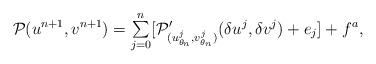
LaTeX: \begin{align*}\begin{array}{ll}\mathcal{P}(u^{n+1},v^{n+1}) = \sum\limits_{j=0}^n[\mathcal{P}_{(u_{\theta_n}^j, v_{\theta_n}^j)}^{\prime} (\delta u^j,\delta v^j)+ e_j] + f^a,\end{array}\end{align*}